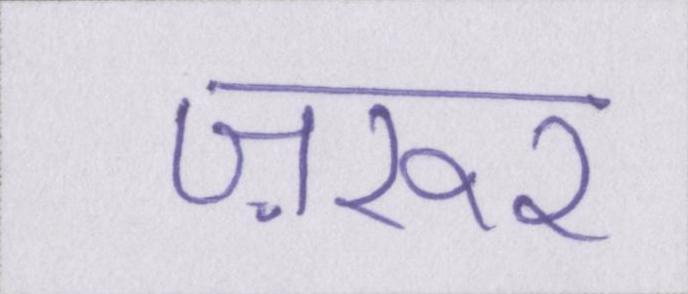
ज़रूर